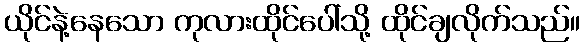
ယိုင်နဲ့နေသော ကုလားထိုင်ပေါ်သို့ ထိုင်ချလိုက်သည်။